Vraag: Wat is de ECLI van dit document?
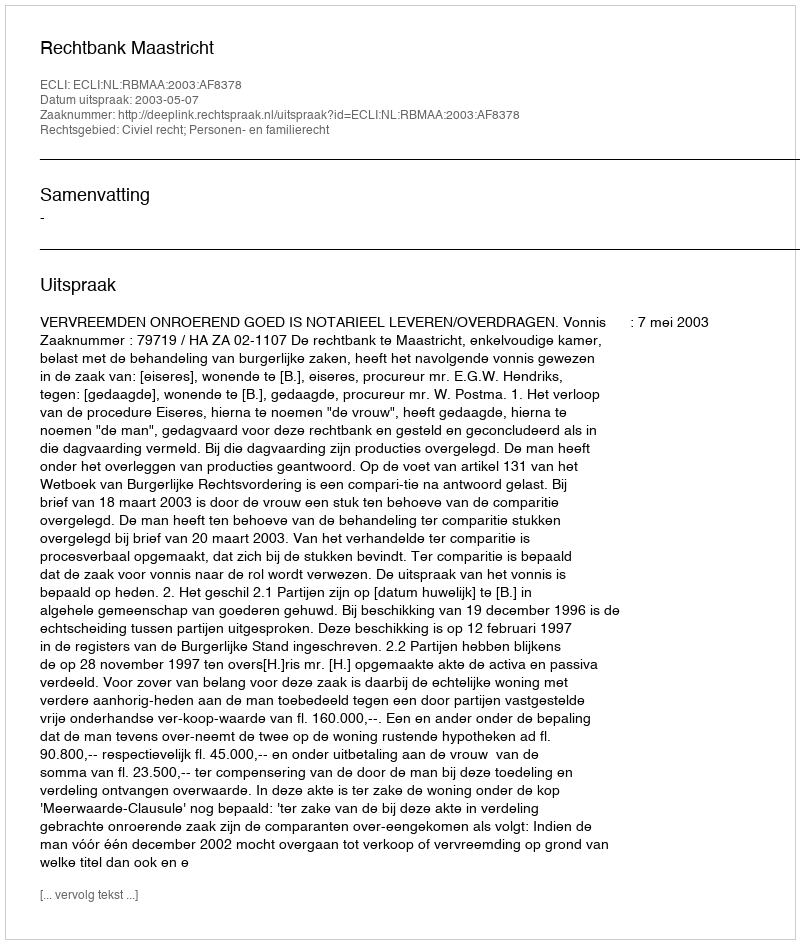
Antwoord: ECLI:NL:RBMAA:2003:AF8378